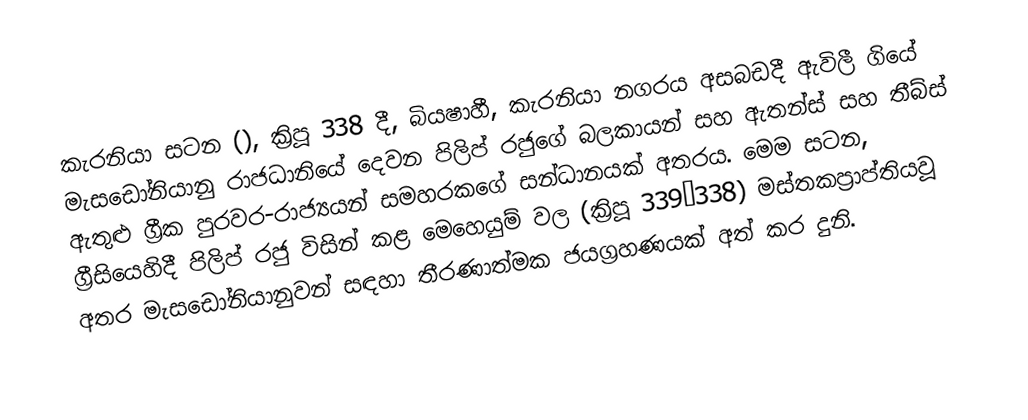
කැරනියා සටන (), ක්‍රිපූ 338 දී, බියෂාහී, කැරනියා නගරය අසබඩදී ඇවිලී ගියේ මැසඩෝනියානු රාජධානියේ දෙවන පිලිප් රජුගේ බලකායන් සහ ඇතන්ස් සහ තීබ්ස් ඇතුළු ග්‍රීක පුරවර-රාජ්‍යයන් සමහරකගේ සන්ධානයක් අතරය. මෙම සටන,  ග්‍රීසියෙහිදී පිලිප් රජු විසින් කළ මෙහෙයුම් වල (ක්‍රිපූ 339–338) මස්තකප්‍රාප්තියවූ අතර මැසඩෝනියානුවන් සඳහා තීරණාත්මක ජයග්‍රහණයක් අත් කර දුනි.